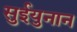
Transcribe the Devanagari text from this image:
सुईयुनान